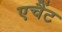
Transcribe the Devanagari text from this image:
एचैंट